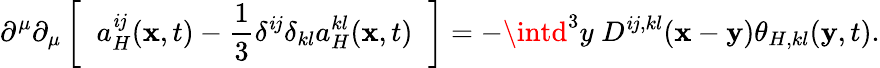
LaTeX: \partial^{\mu}\partial_{\mu}\left[\; \; a_{H}^{\mathit{i}j}({\mathbf{x}},t)-\frac{{1}}{{3}}\delta^{\mathit{i}j}\delta_{kl}a_{H}^{kl}({\mathbf{x}},t)\; \; \right]=-\intd^{3}y\; D^{\mathit{i}j,kl}({\mathbf{x}}-{\mathbf{y}})\theta_{H,kl}({\mathbf{y}},t).